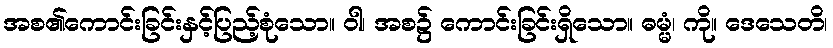
အစ၏ကောင်းခြင်းနှင့်ပြည့်စုံသော။ ဝါ၊ အစ၌ ကောင်းခြင်းရှိသော။ ဓမ္မံ၊ ကို။ ဒေသေတိ၊